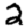
Digit: 2